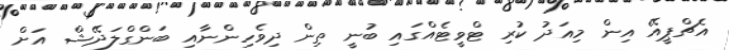
އެޗްޕީއޭ އިން މިއަދު ކުރި ޓްވީޓެއްގައި ބުނީ ތިން ދިވެހިންނާއި ބަންގްލަދޭޝް އަށް